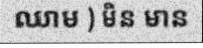
ឈាម ) មិន មាន